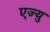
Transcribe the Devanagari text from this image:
एज्यु